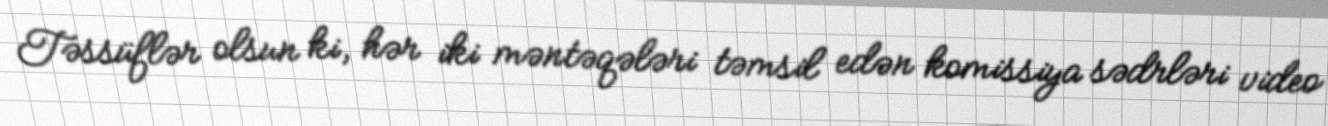
Təssüflər olsun ki, hər iki məntəqələri təmsil edən komissiya sədrləri video